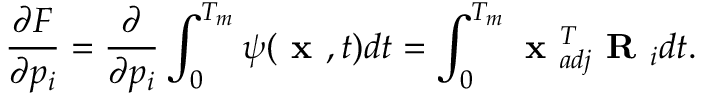
\frac { \partial F } { \partial p _ { i } } = \frac { \partial } { \partial p _ { i } } \int _ { 0 } ^ { T _ { m } } \psi ( \textbf { x } , t ) d t = \int _ { 0 } ^ { T _ { m } } \textbf { x } _ { a d j } ^ { T } \textbf { R } _ { i } d t .